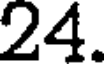
24.